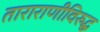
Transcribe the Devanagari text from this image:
ताराराणीविरुद्ध